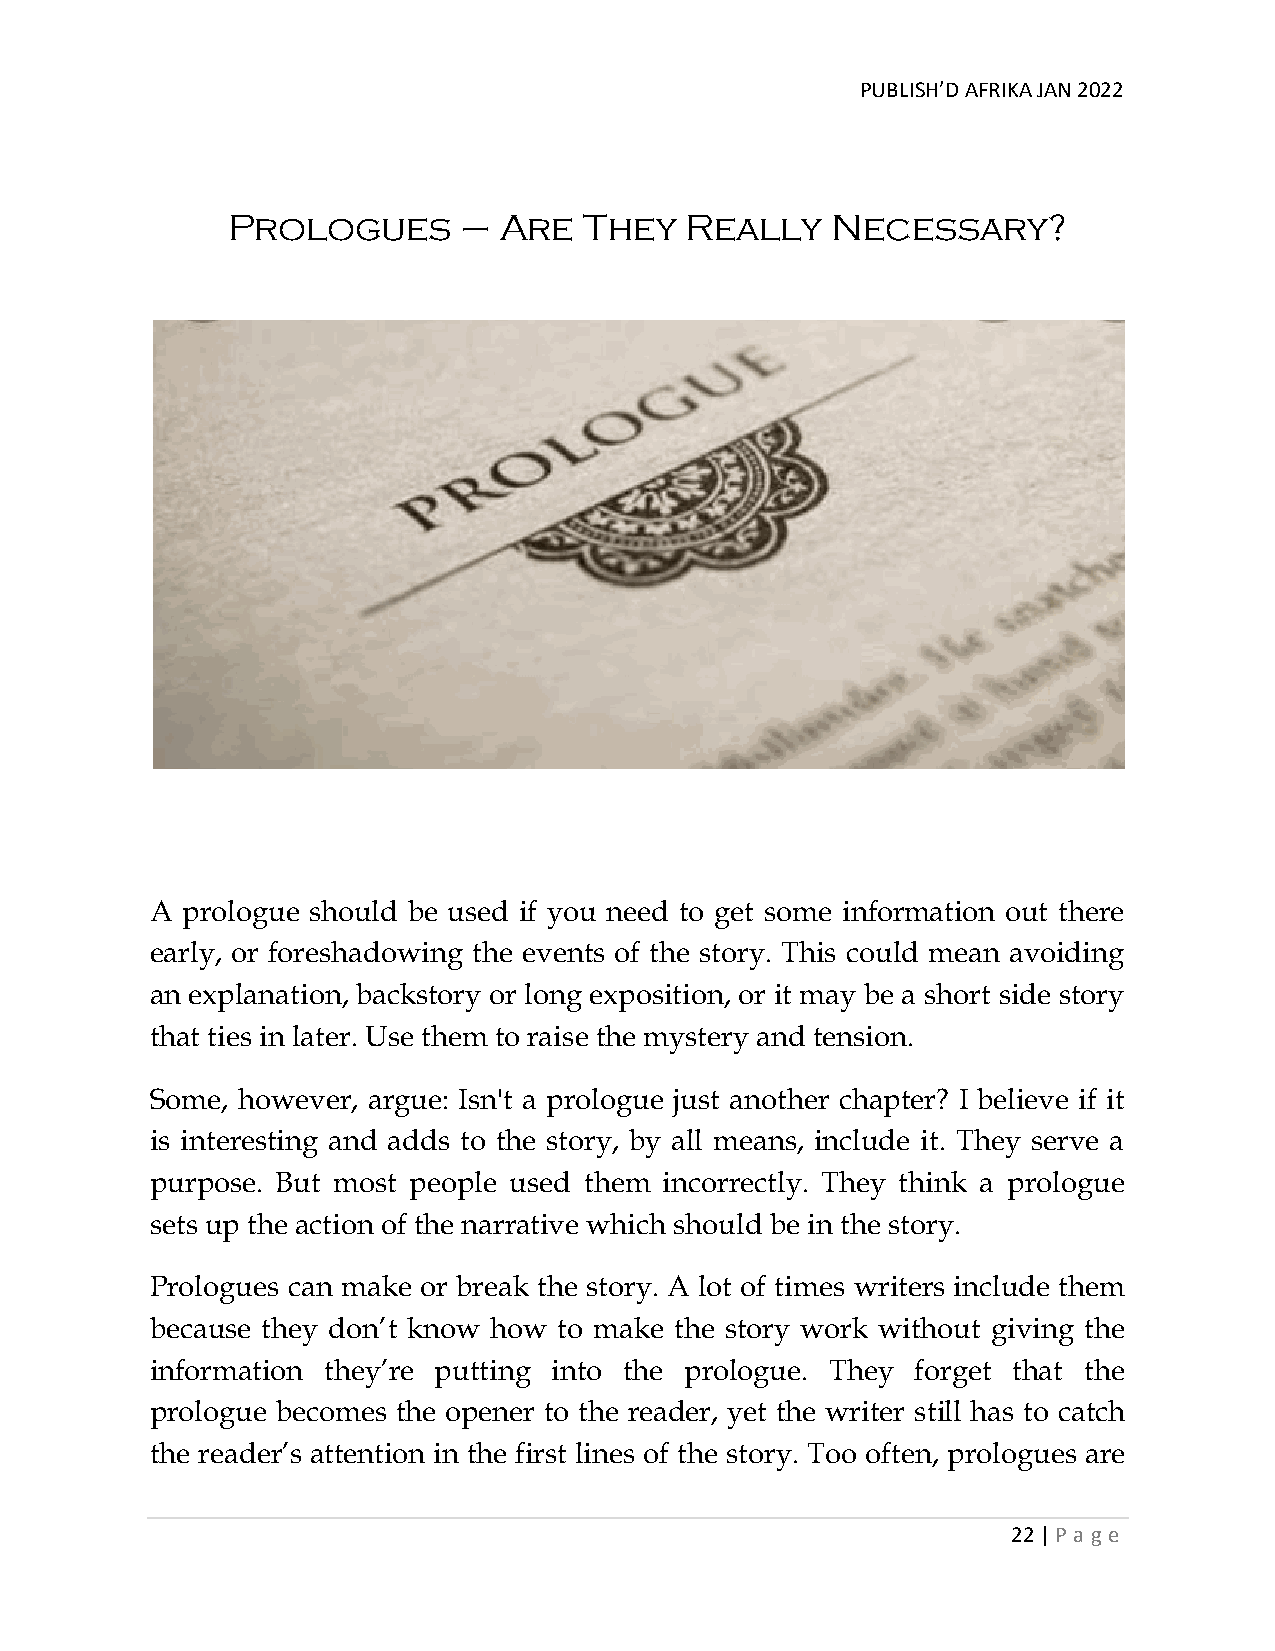
PUBLISH’D AFRIKA JAN 2022
 Prologues       – Are   They  Really    Necessary?
 A prologue should be used if you need to get some information out there
 early, or foreshadowing the events of the story. This could mean avoiding
 an explanation, backstory or long exposition, or it may be a short side story
 that ties in later. Use them to raise the mystery and tension.
 Some, however, argue: Isn't a prologue just another chapter? I believe if it
 is interesting and adds to the story, by all means, include it. They serve a
 purpose. But most people used them incorrectly. They think a prologue
 sets up the action of the narrative which should be in the story.
 Prologues can make or break the story. A lot of times writers include them
 because they don’t know how to make the story work without giving the
 information they’re putting into the prologue. They forget that the
 prologue becomes the opener to the reader, yet the writer still has to catch
 the reader’s attention in the first lines of the story. Too often, prologues are
 22 | P age